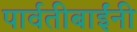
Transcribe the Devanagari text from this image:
पार्वतीबाईंनी